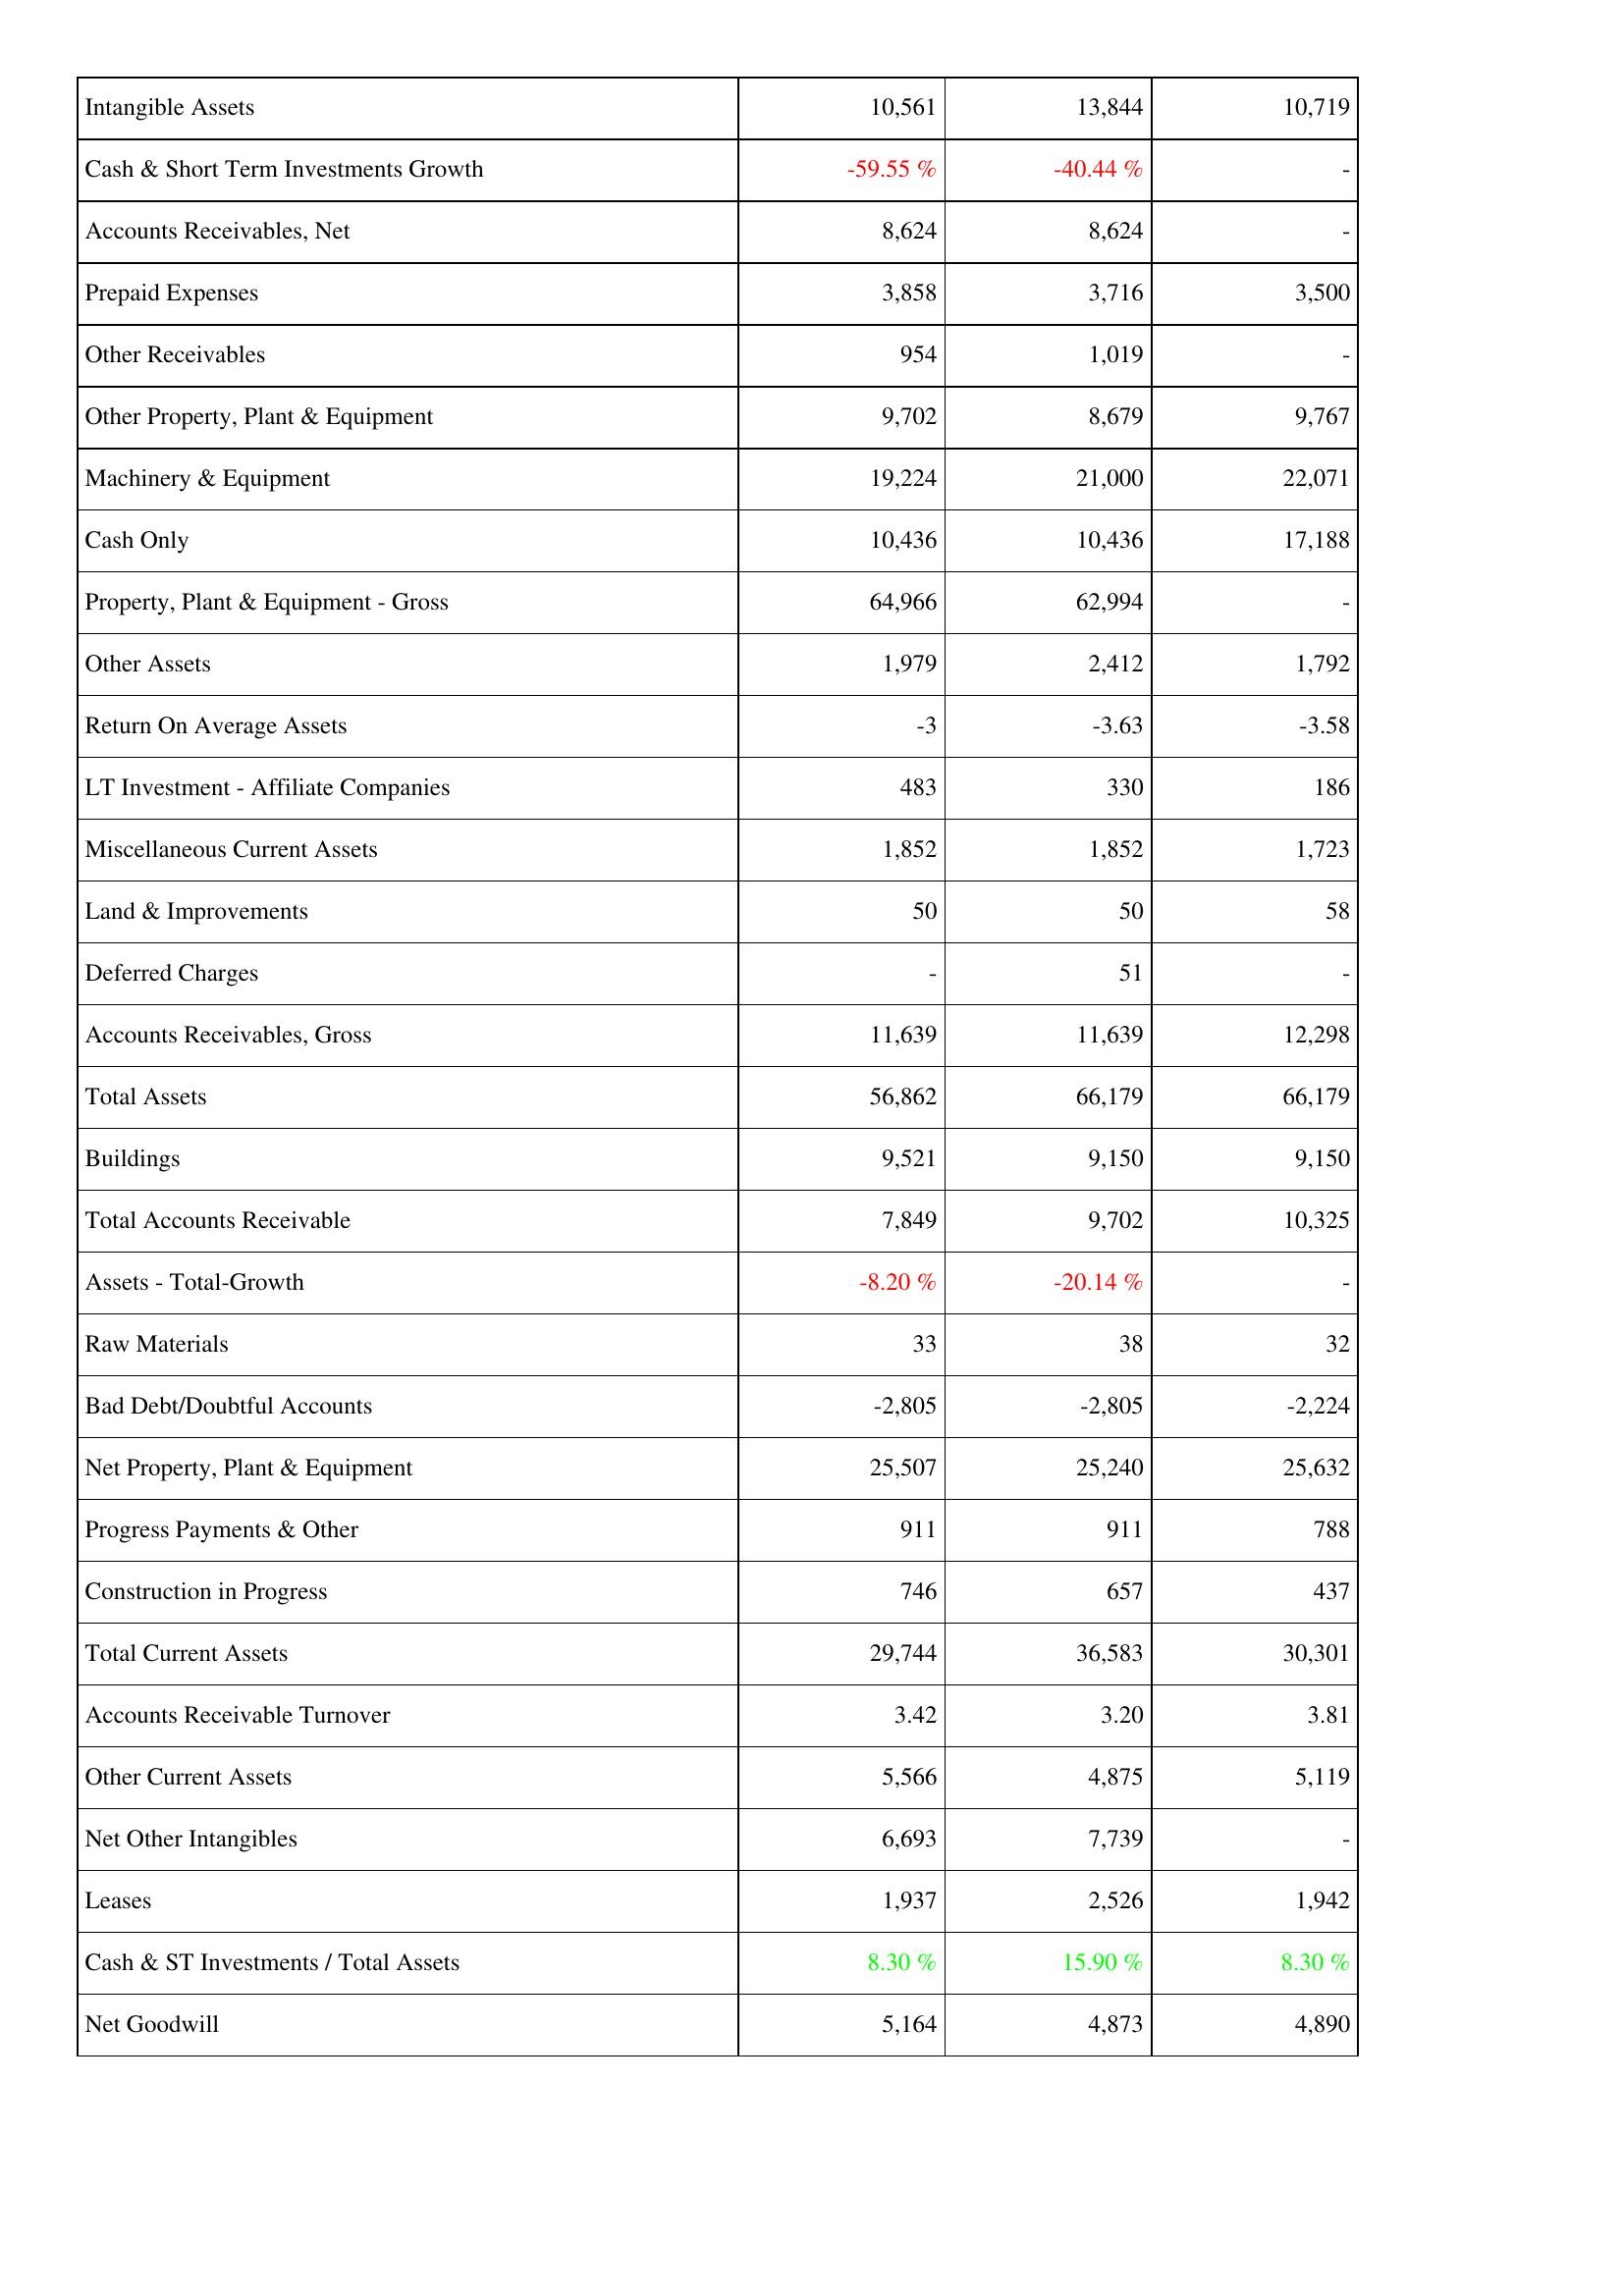
2012: Assets: Intangible Assets: 10,561
Cash & Short Term Investments Growth: -59.55 %
Accounts Receivables, Net: 8,624
Prepaid Expenses: 3,858
Other Receivables: 954
Other Property, Plant & Equipment: 9,702
Machinery & Equipment: 19,224
Cash Only: 10,436
Property, Plant & Equipment - Gross: 64,966
Other Assets: 1,979
Return On Average Assets: -3
LT Investment - Affiliate Companies: 483
Miscellaneous Current Assets: 1,852
Land & Improvements: 50
Deferred Charges: -
Accounts Receivables, Gross: 11,639
Total Assets: 56,862
Buildings: 9,521
Total Accounts Receivable: 7,849
Assets - Total-Growth: -8.20 %
Raw Materials: 33
Bad Debt/Doubtful Accounts: -2,805
Net Property, Plant & Equipment: 25,507
Progress Payments & Other: 911
Construction in Progress: 746
Total Current Assets: 29,744
Accounts Receivable Turnover: 3.42
Other Current Assets: 5,566
Net Other Intangibles: 6,693
Leases: 1,937
Cash & ST Investments / Total Assets: 8.30 %
Net Goodwill: 5,164
2013: Assets: Intangible Assets: 13,844
Cash & Short Term Investments Growth: -40.44 %
Accounts Receivables, Net: 8,624
Prepaid Expenses: 3,716
Other Receivables: 1,019
Other Property, Plant & Equipment: 8,679
Machinery & Equipment: 21,000
Cash Only: 10,436
Property, Plant & Equipment - Gross: 62,994
Other Assets: 2,412
Return On Average Assets: -3.63
LT Investment - Affiliate Companies: 330
Miscellaneous Current Assets: 1,852
Land & Improvements: 50
Deferred Charges: 51
Accounts Receivables, Gross: 11,639
Total Assets: 66,179
Buildings: 9,150
Total Accounts Receivable: 9,702
Assets - Total-Growth: -20.14 %
Raw Materials: 38
Bad Debt/Doubtful Accounts: -2,805
Net Property, Plant & Equipment: 25,240
Progress Payments & Other: 911
Construction in Progress: 657
Total Current Assets: 36,583
Accounts Receivable Turnover: 3.20
Other Current Assets: 4,875
Net Other Intangibles: 7,739
Leases: 2,526
Cash & ST Investments / Total Assets: 15.90 %
Net Goodwill: 4,873
2014: Assets: Intangible Assets: 10,719
Cash & Short Term Investments Growth: -
Accounts Receivables, Net: -
Prepaid Expenses: 3,500
Other Receivables: -
Other Property, Plant & Equipment: 9,767
Machinery & Equipment: 22,071
Cash Only: 17,188
Property, Plant & Equipment - Gross: -
Other Assets: 1,792
Return On Average Assets: -3.58
LT Investment - Affiliate Companies: 186
Miscellaneous Current Assets: 1,723
Land & Improvements: 58
Deferred Charges: -
Accounts Receivables, Gross: 12,298
Total Assets: 66,179
Buildings: 9,150
Total Accounts Receivable: 10,325
Assets - Total-Growth: -
Raw Materials: 32
Bad Debt/Doubtful Accounts: -2,224
Net Property, Plant & Equipment: 25,632
Progress Payments & Other: 788
Construction in Progress: 437
Total Current Assets: 30,301
Accounts Receivable Turnover: 3.81
Other Current Assets: 5,119
Net Other Intangibles: -
Leases: 1,942
Cash & ST Investments / Total Assets: 8.30 %
Net Goodwill: 4,890